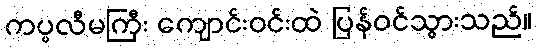
ကပ္ပလီမကြီး ကျောင်းဝင်းထဲ ပြန်ဝင်သွားသည်။